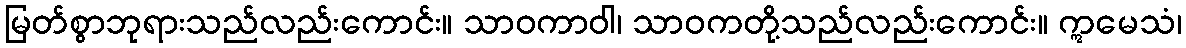
မြတ်စွာဘုရားသည်လည်းကောင်း။ သာဝကာဝါ၊ သာဝကတို့သည်လည်းကောင်း။ ဣမေသံ၊